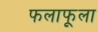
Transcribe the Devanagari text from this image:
फलाफूला